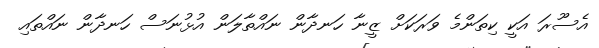
އެސޫރަ އަކީ ކިތަންމެ ވަރަކަށް ޒީނާ ހަނދާން ނައްތާލަން އުޅުނަސް ހަނދާން ނައްތައި